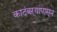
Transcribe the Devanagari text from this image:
कादंबऱ्यांपासून